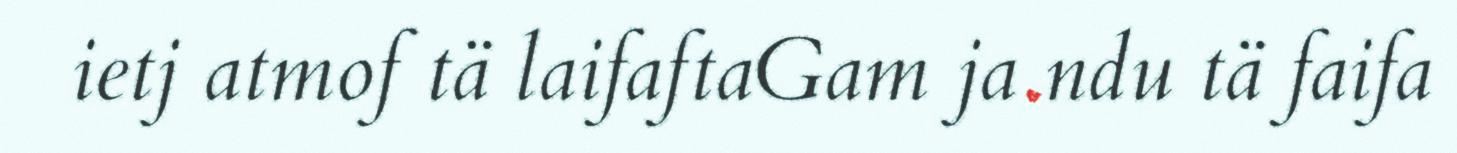
ietj atmof tä laifaftaGam ja ndu tä faifa